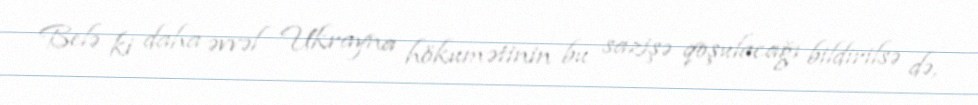
Belə ki daha əvvəl Ukrayna hökumətinin bu sazişə qoşulacağı bildirilsə də,